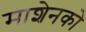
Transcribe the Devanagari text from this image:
माशेनको